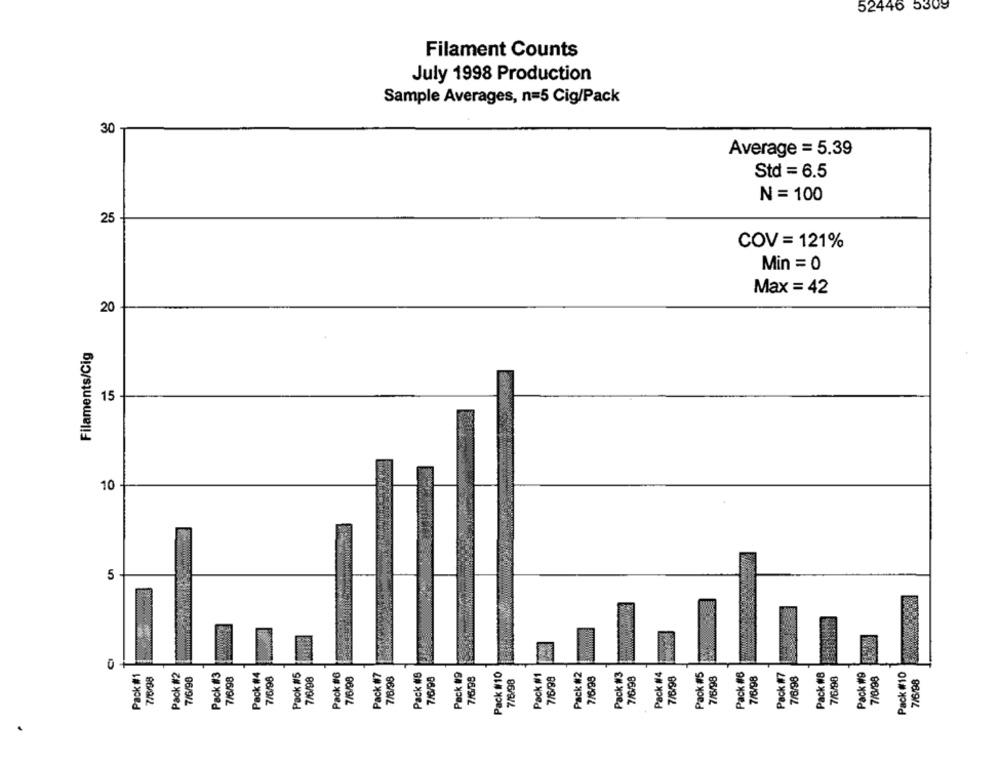
52446 5309
Filament Counts
July 1998 Production
Sample Averages, n=5 Cig/Pack
30
Average = 5.39
Std = 6.5
N = 100
25
COV = 121%
Min = 0
Max = 42
20
Filaments/Cig
15
10 -
5
Pack #10
0
Pack #1
7/6/98
7/6/98
Pack #3
7/6/98
Pack #4
7/6/98
Paok #5
7/6/98
Pack #6
7/6/98
Pack #7
7/6/98
Pack WG
7/6/98
Pack #9
7/6/98
Pack #10
Pack #1
7/6/99
Pack #2
7/6/98
Pack #3
7/6/98
Pack #4
7/6/98
Pack #5
7/6/98
Pack #6
7/6/98
Pack #7
7/6/98
Pack #8
7/6/98
Pack W9
7/6/98
7/6/98
7/6/98
8